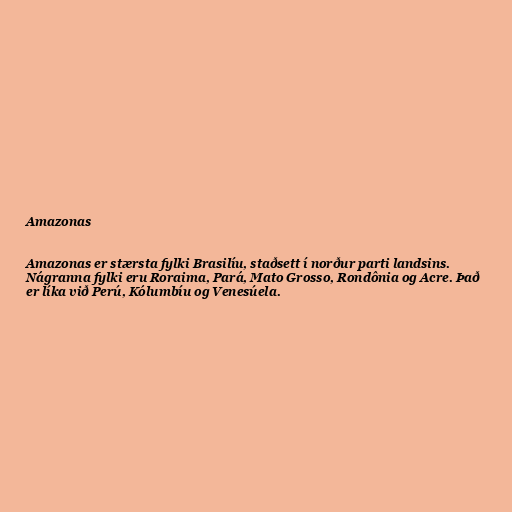
Amazonas

Amazonas er stærsta fylki Brasilíu, staðsett í norður parti landsins.
Nágranna fylki eru Roraima, Pará, Mato Grosso, Rondônia og Acre. Það
er líka við Perú, Kólumbíu og Venesúela.